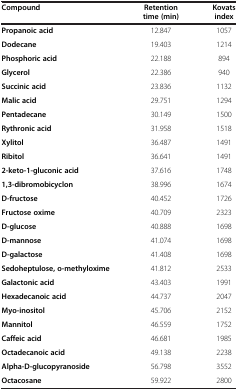
| Compound | Retention time (min) | Kovats index |
 | --- | --- | --- |
 | Propanoic acid | 12.847 | 1057 |
 | Dodecane | 19.403 | 1214 |
 | Phosphoric acid | 22.188 | 894 |
 | Glycerol | 22.386 | 940 |
 | Succinic acid | 23.836 | 1132 |
 | Malic acid | 29.751 | 1294 |
 | Pentadecane | 30.149 | 1500 |
 | Rythronic acid | 31.958 | 1518 |
 | Xylitol | 36.487 | 1491 |
 | Ribitol | 36.641 | 1491 |
 | 2-keto-1-gluconic acid | 37.616 | 1748 |
 | 1,3-dibromobicyclon | 38.996 | 1674 |
 | D-fructose | 40.452 | 1726 |
 | Fructose oxime | 40.709 | 2323 |
 | D-glucose | 40.888 | 1698 |
 | D-mannose | 41.074 | 1698 |
 | D-galactose | 41.408 | 1698 |
 | Sedoheptulose, o-methyloxime | 41.812 | 2533 |
 | Galactonic acid | 43.403 | 1991 |
 | Hexadecanoic acid | 44.737 | 2047 |
 | Myo-inositol | 45.706 | 2152 |
 | Mannitol | 46.559 | 1752 |
 | Caffeic acid | 46.681 | 1985 |
 | Octadecanoic acid | 49.138 | 2238 |
 | Alpha-D-glucopyranoside | 56.798 | 3552 |
 | Octacosane | 59.922 | 2800 |